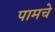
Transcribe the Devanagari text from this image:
पामचे